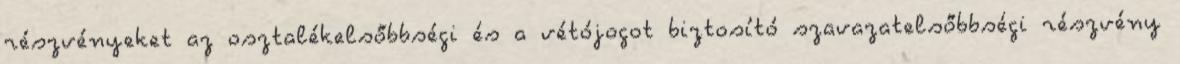
részvényeket az osztalékelsőbbségi és a vétójogot biztosító szavazatelsőbbségi részvény